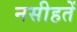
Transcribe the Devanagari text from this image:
नसीहतें